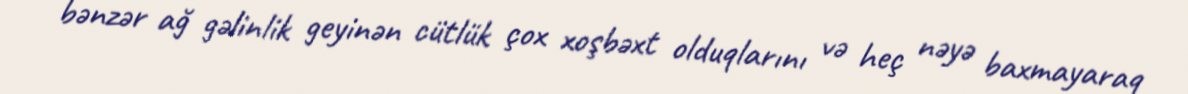
bənzər ağ gəlinlik geyinən cütlük çox xoşbəxt olduqlarını və heç nəyə baxmayaraq